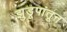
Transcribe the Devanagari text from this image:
झुडूपांतून